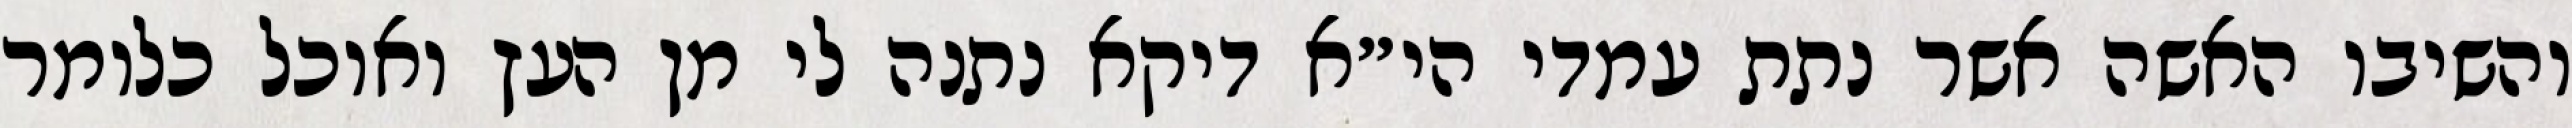
והשיבו האשה אשר נתת עמדי הי״א דיקא נתנה לי מן העץ ואוכל כלומר